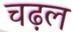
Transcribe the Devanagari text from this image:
चढ़ल